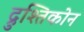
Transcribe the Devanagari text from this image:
द्रुश्तिकोन